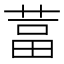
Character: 葍